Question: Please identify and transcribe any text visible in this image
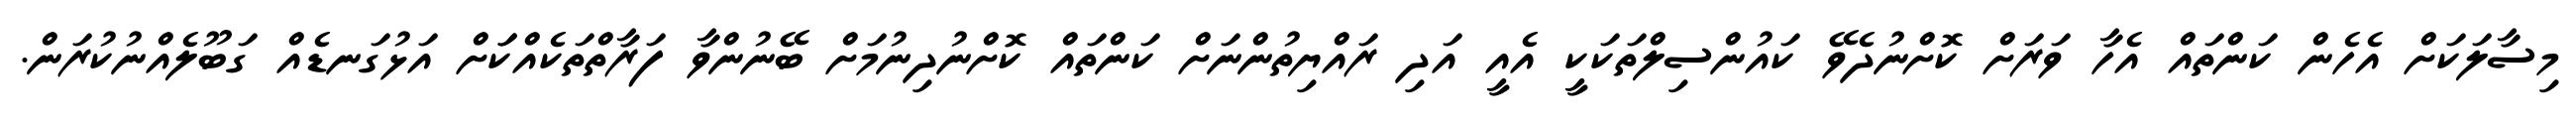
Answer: މިސާލަކަށް އެހެން ކަންތައް އެހާ ވަރަށް ކޮށްނުދެވޭ ކައުންސިލްތަކަކީ އެއީ އަދި ރައްޔިތުންނަށް ކަންތައް ކޮށްނުދިނުމަށް ބޭނުންވާ ފަރާތްތަކެއްކަަށް އަޅުގަނޑެއް ގަބޫލެއްނުކުރަން.